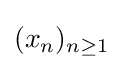
(x_{n})_{n\geq 1}